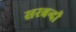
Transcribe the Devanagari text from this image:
सरबन्दी